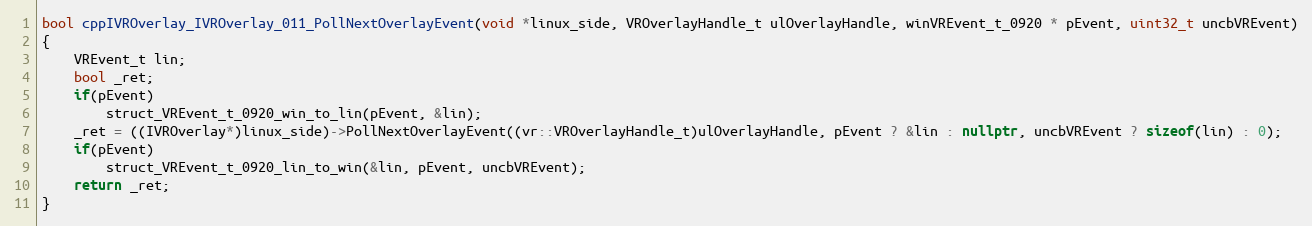
Language: C++
bool cppIVROverlay_IVROverlay_011_PollNextOverlayEvent(void *linux_side, VROverlayHandle_t ulOverlayHandle, winVREvent_t_0920 * pEvent, uint32_t uncbVREvent)
{
    VREvent_t lin;
    bool _ret;
    if(pEvent)
        struct_VREvent_t_0920_win_to_lin(pEvent, &lin);
    _ret = ((IVROverlay*)linux_side)->PollNextOverlayEvent((vr::VROverlayHandle_t)ulOverlayHandle, pEvent ? &lin : nullptr, uncbVREvent ? sizeof(lin) : 0);
    if(pEvent)
        struct_VREvent_t_0920_lin_to_win(&lin, pEvent, uncbVREvent);
    return _ret;
}